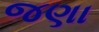
જણા